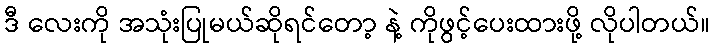
ဒီ လေးကို အသုံးပြုမယ်ဆိုရင်တော့ နဲ့ ကိုဖွင့်ပေးထားဖို့ လိုပါတယ်။